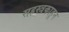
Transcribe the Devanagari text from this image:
सहस्त्रकाहून